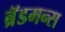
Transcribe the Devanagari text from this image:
ब्रॅडमन्स